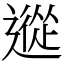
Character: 䢨